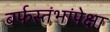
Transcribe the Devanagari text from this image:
बर्फस्तंभांपेक्षा